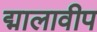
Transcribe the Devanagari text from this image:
द्मालावीप